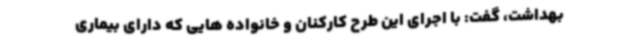
بهداشت، گفت: با اجرای این طرح کارکنان و خانواده هایی که دارای بیماری